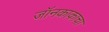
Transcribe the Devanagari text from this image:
जॉनकाकाचा